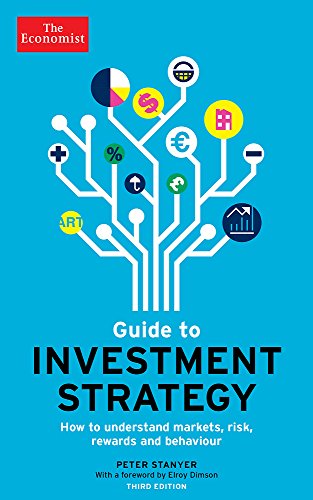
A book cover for The Economist Guide to Investment Strategy (3rd Ed): How to Understand Markets, Risk, Rewards, and Behaviour (Economist Books); The Economist; Business & Money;